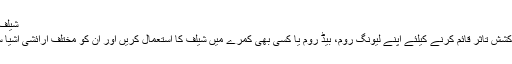
شیلف کا استعمال
گھر میں پرکشش تاثر قائم کرنے کیلئے اپنے لیونگ روم، بیڈ روم یا کسی بھی کمرے میں شیلف کا استعمال کریں اور ان کو مختلف آرائشی اشیا سے سجائیں۔